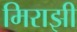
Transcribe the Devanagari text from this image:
मिराझी